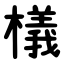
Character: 檥